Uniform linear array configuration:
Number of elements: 16
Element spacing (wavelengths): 0.25
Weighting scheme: hann
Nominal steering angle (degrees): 15
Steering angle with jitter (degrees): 15.558
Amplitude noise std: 0.05
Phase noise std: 0.05

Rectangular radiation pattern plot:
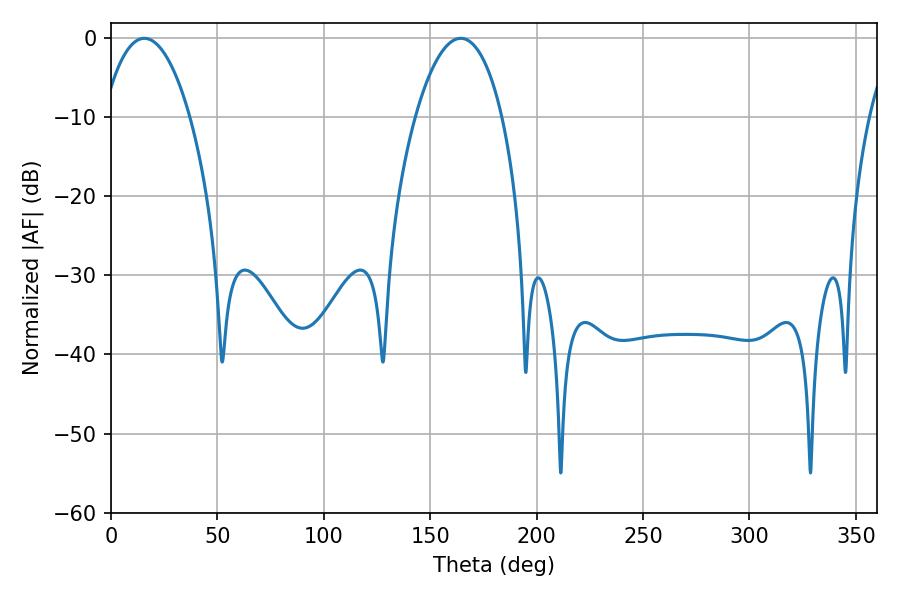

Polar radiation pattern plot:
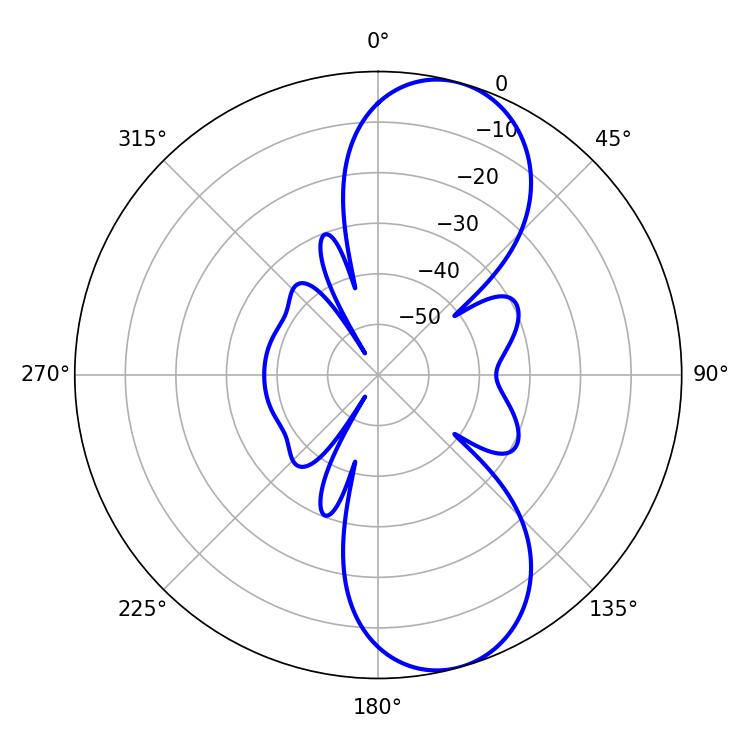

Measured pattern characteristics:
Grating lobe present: FALSE
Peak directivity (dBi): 9.328
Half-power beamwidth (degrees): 22.86
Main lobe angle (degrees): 15.66